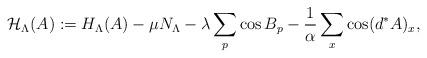
LaTeX: \begin{align*}\mathcal{H}_\Lambda(A):=H_\Lambda(A)-\mu N_\Lambda-\lambda\sum_p\cos B_p-\frac{1}{\alpha}\sum_x\cos(d^\ast A)_x,\end{align*}